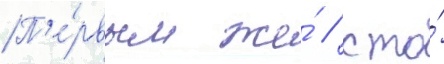
П'е́рвым же́ / кто́